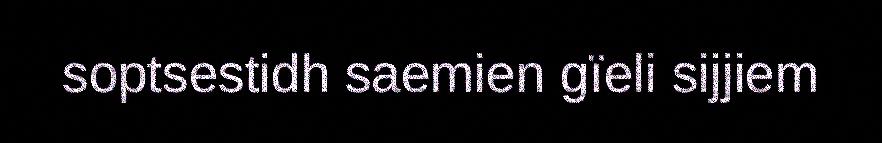
soptsestidh saemien gïeli sijjiem